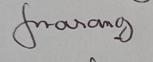
Signature authenticity: genuine